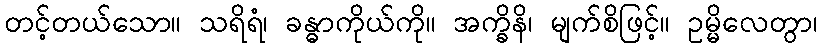
တင့်တယ်သော။ သရိရံ၊ ခန္ဓာကိုယ်ကို။ အက္ခိနိ၊ မျက်စိဖြင့်။ ဥမ္မိလေတွာ၊